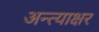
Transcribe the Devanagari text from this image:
अन्त्याक्षर